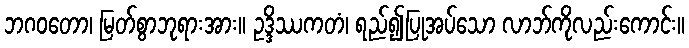
ဘဂဝတော၊ မြတ်စွာဘုရားအား။ ဥဒ္ဒိဿကတံ၊ ရည်၍ပြုအပ်သော လာဘ်ကိုလည်းကောင်း။